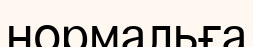
нормальға